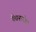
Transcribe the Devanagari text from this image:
चेतनारोप